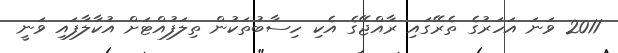
2011 ވަނަ އަހަރުގެ ތެރޭގައި ރާއްޖޭގެ އެކި ހިސާބުތަކުން ތިލަފުއްޓަށް އުކާލާފައި ވަނީ